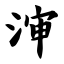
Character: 渖